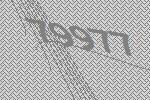
79977